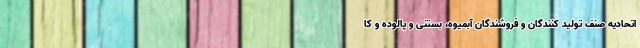
اتحادیه صنف تولید کنندگان و فروشندگان آبمیوه، بستنی و پالوده و کا